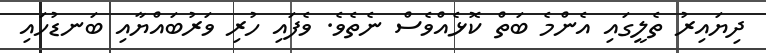
ދިޔައިރު ތެލީގައި އެންމެ ބަތް ކޮޅެއްވެސް ނެތެވެ. ވެފައި ހުރި ވަރުބައްޔާއި ބަނޑުހައި